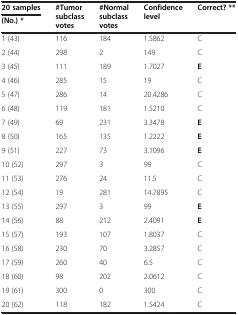
<table><thead><tr><td><b>20 samples</b></td><td rowspan="2"><b>#Tumor subclass votes</b></td><td rowspan="2"><b>#Normal subclass votes</b></td><td rowspan="2"><b>Confidence level</b></td><td rowspan="2"><b>Correct? **</b></td></tr><tr><td><b>(No.) *</b></td></tr></thead><tbody><tr><td>1 (43)</td><td>116</td><td>184</td><td>1.5862</td><td>C</td></tr><tr><td>2 (44)</td><td>298</td><td>2</td><td>149</td><td>C</td></tr><tr><td>3 (45)</td><td>111</td><td>189</td><td>1.7027</td><td><b>E</b></td></tr><tr><td>4 (46)</td><td>285</td><td>15</td><td>19</td><td>C</td></tr><tr><td>5 (47)</td><td>286</td><td>14</td><td>20.4286</td><td>C</td></tr><tr><td>6 (48)</td><td>119</td><td>181</td><td>1.5210</td><td>C</td></tr><tr><td>7 (49)</td><td>69</td><td>231</td><td>3.3478</td><td><b>E</b></td></tr><tr><td>8 (50)</td><td>165</td><td>135</td><td>1.2222</td><td><b>E</b></td></tr><tr><td>9 (51)</td><td>227</td><td>73</td><td>3.1096</td><td><b>E</b></td></tr><tr><td>10 (52)</td><td>297</td><td>3</td><td>99</td><td>C</td></tr><tr><td>11 (53)</td><td>276</td><td>24</td><td>11.5</td><td>C</td></tr><tr><td>12 (54)</td><td>19</td><td>281</td><td>14.7895</td><td>C</td></tr><tr><td>13 (55)</td><td>297</td><td>3</td><td>99</td><td><b>E</b></td></tr><tr><td>14 (56)</td><td>88</td><td>212</td><td>2.4091</td><td><b>E</b></td></tr><tr><td>15 (57)</td><td>193</td><td>107</td><td>1.8037</td><td>C</td></tr><tr><td>16 (58)</td><td>230</td><td>70</td><td>3.2857</td><td>C</td></tr><tr><td>17 (59)</td><td>260</td><td>40</td><td>6.5</td><td>C</td></tr><tr><td>18 (60)</td><td>98</td><td>202</td><td>2.0612</td><td>C</td></tr><tr><td>19 (61)</td><td>300</td><td>0</td><td>300</td><td>C</td></tr><tr><td>20 (62)</td><td>118</td><td>182</td><td>1.5424</td><td>C</td></tr></tbody></table>